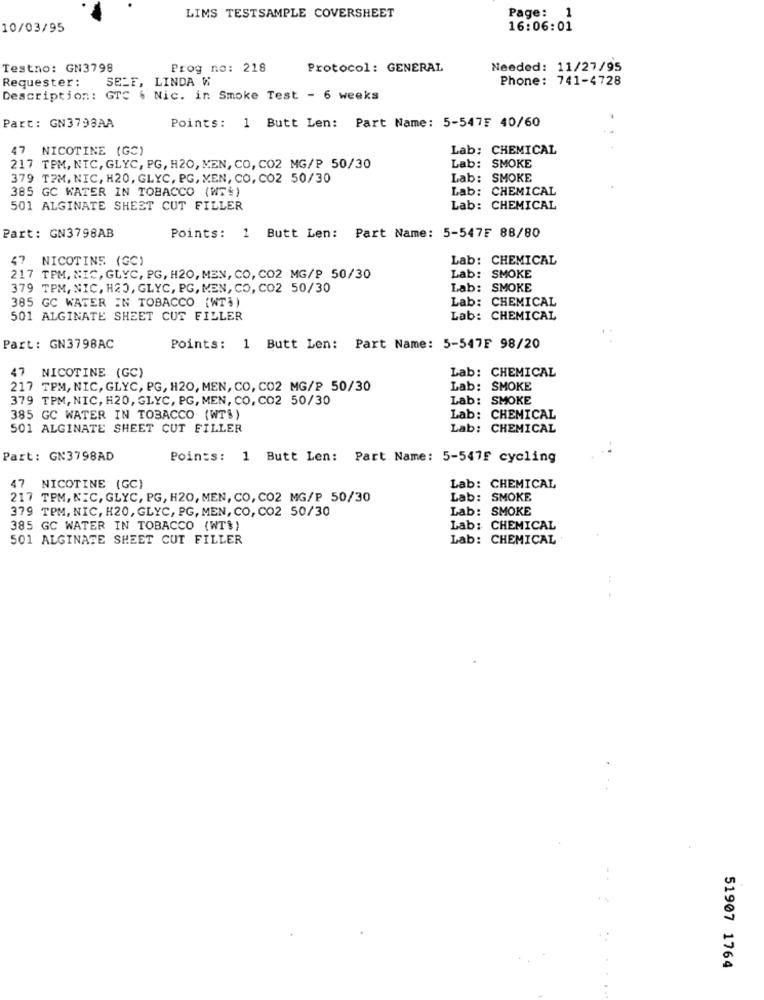
LIMS TESTSAMPLE COVERSHEET
Page: 1
10/03/95
16:06:01
Testno: GN3798
Prog no: 218
Protocol: GENERAL
Needed: 11/27/95
Requester :
SELF, LINDA W
Phone: 741-4728
Description: GTC . Nic. in Smoke Test - 6 weeks
Points: 1 Butt Len: Part Name: 5-5475 40/60
Part: GN3793AA
47
NICOTINE (GC)
Lab: CHEMICAL
217 TPM, NIC, GLYC, PG, H20, MEN, CO, CO2 MG/P 50/30
Lab: SMOKE
379 TPM, NIC, H20, GLYC, PG, MEN, CO, CO2 50/30
Lab: SMOKE
385 GC WATER IN TOBACCO (WTM)
Lab: CHEMICAL
501 ALGINATE SHEET CUT FILLER
Lab: CHEMICAL
Part: GN3798AB
Points: 1 Butt Len: Part Name: 5-547₣ 88/80
47 NICOTINE (GC)
Lab: CHEMICAL
Lab: SMOKE
217 TPM, NIC, GLYC, PG, H20, MEN, CO, CO2 MG/9 50/30
379 TPM, NIC, H20, GLYC, PG, MEN, CO, CO2 50/30
Lab: SMOKE
385 GC WATER IN TOBACCO (WT))
Lab: CHEMICAL
501 ALGINATE SHEET CUT FILLER
Lab: CHEMICAL
Part: GN3798AC
Points:
1 Butt Len: Part Name: 5-547F 98/20
Lab: CHEMICAL
47 NICOTINE (GC)
217 TPM, NIC, GLYC, PG, H20, MEN, CO, CO2 MG/P 50/30
Lab: SMOKE
379 TPM, NIC, H20, GLYC, PG, MEN, CO, CO2 50/30
Lab: SMOKE
385 GC WATER IN TOBACCO (WT%)
Lab: CHEMICAL
501 ALGINATE SHEET CUT FILLER
Lab: CHEMICAL
Part: GN3798AD
Points: 1 Butt Len: Part Name: 5-547F cycling
47 NICOTINE (GC)
Lab: CHEMICAL
217 TPM, NIC, GLYC, PG, H20, MEN, CO, CO2 MG/P 50/30
Lab: SMOKE
379 TPM, NIC, H20, GLYC, PG, MEN, CO, CO2 50/30
Lab: SMOKE
385 GC WATER IN TOBACCO (WT$)
Lab: CHEMICAL
501 ALGINATE SHEET CUT FILLER
Lab: CHEMICAL
51907 1764